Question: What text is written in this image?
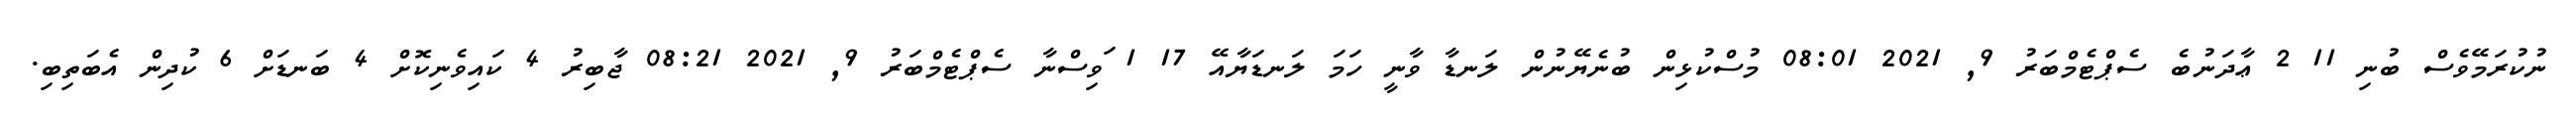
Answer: ނުކުރަމޭވެސް ބުނި 11 2 ޢާދަނުބެ ސެޕްޓެމްބަރު 9, 2021 08:01 މުސްކުޅިން ބުނެޔޭނުން ލަނޑާ ވާނީ ހަމަ ލަނޑަޔާއޭ 17 1 ަވިސްނާ ސެޕްޓެމްބަރު 9, 2021 08:21 ޖާބިރު 4 ކައިވެނިކޮށް 4 ބަނޑަށް 6 ކުދިން އެބަތިބި.